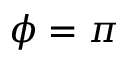
\phi = \pi